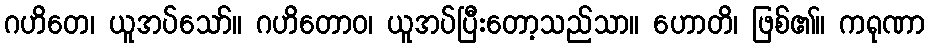
ဂဟိတေ၊ ယူအပ်သော်။ ဂဟိတောဝ၊ ယူအပ်ပြီးတော့သည်သာ။ ဟောတိ၊ ဖြစ်၏။ ကရုဏာ